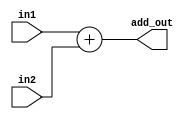

module alu_add2(in1, in2, add_out);
	input [31:0] in1, in2;
	output reg [31:0] add_out;
	always@(*)begin
		 add_out =in1+in2;
	end
endmodule